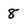
Character: 8